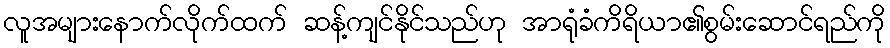
လူအများနောက်လိုက်ထက် ဆန့်ကျင်နိုင်သည်ဟု အာရုံခံကိရိယာ၏စွမ်းဆောင်ရည်ကို